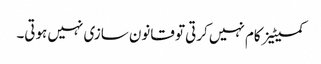
کمیٹیز کام نہیں کرتی تو قانون سازی نہیں ہوتی۔